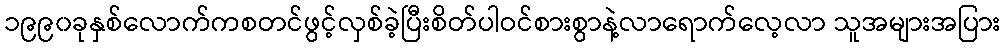
၁၉၉၀ခုနှစ်လောက်ကစတင်ဖွင့်လှစ်ခဲ့ပြီးစိတ်ပါဝင်စားစွာနဲ့လာရောက်လေ့လာ သူအများအပြား